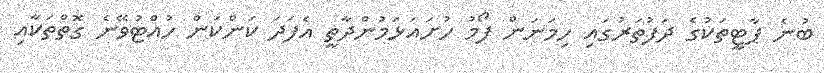
ބުނެ ޕާޓީތަކުގެ ދަފުތަރުގައި ހިމަނަން ފޯމު ހުށައަޅަމުންދާތީ އެފަދަ ކަންކަން ހުއްޓުވޭނެ ގޮތްތަކާއި